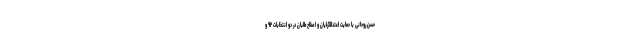
حسن روحانی با حمایت اعتدالگرایان و اصلاح‌طلبان در دو انتخابات ۹۲ و